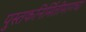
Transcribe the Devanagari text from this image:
पुस्तकनिर्मितीमागचा